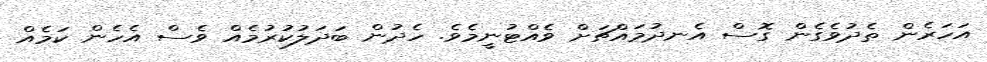
އަހަރެން ތެދުވެގެން ގޮސް އެނދުމައްޗަށް ވެއްޓުނީމެވެ. ހެދުން ބަދަލުކުރުމެއް ވެސް އެހެން ކަމެއް